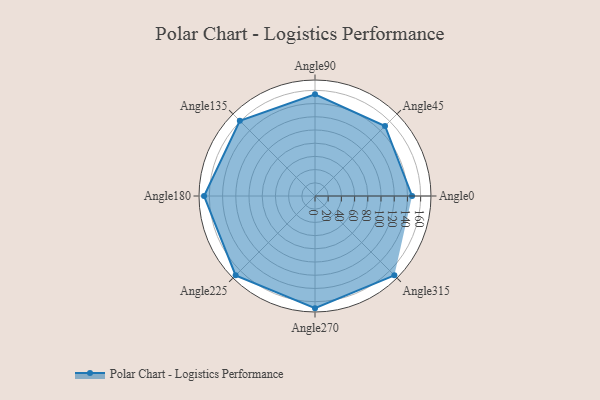
{"axis": {"x": "Angle", "y": "Radius"}, "legend": [""], "data": [{"x": "Angle0", "y": 147.0, "type": ""}, {"x": "Angle45", "y": 150.0, "type": ""}, {"x": "Angle90", "y": 154.0, "type": ""}, {"x": "Angle135", "y": 161.0, "type": ""}, {"x": "Angle180", "y": 168.0, "type": ""}, {"x": "Angle225", "y": 170, "type": ""}, {"x": "Angle270", "y": 170, "type": ""}, {"x": "Angle315", "y": 170, "type": ""}]}